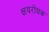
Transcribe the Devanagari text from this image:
क्षयरोधक